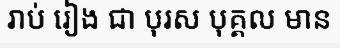
រាប់ រៀង ជា បុរស បុគ្គល មាន